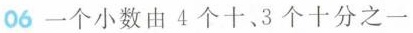
06 一个小数由4个十、3个十分之一